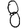
Digit: 8